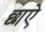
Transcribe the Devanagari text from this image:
छाऐ